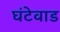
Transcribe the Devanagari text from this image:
घंटेवाड